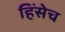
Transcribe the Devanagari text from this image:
हिंसेच